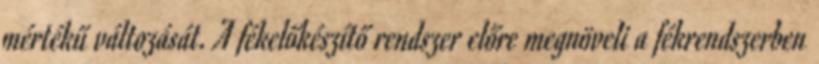
mértékű változását. A fékelőkészítő rendszer előre megnöveli a fékrendszerben